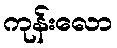
ကုန်းလော